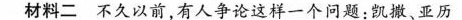
材料二 不久以前，有人争论这样一个问题：凯撒、亚历